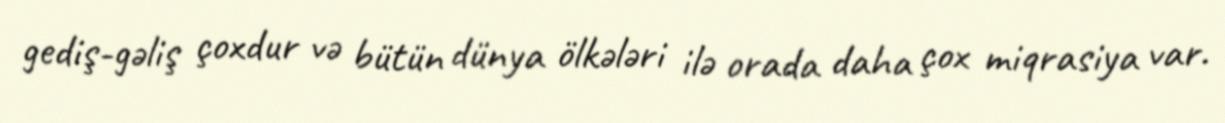
gediş-gəliş çoxdur və bütün dünya ölkələri ilə orada daha çox miqrasiya var.